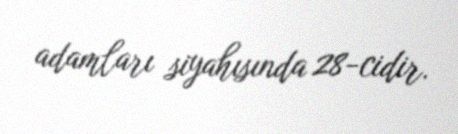
adamları siyahısında 28-cidir.